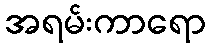
အရမ်းကာရော